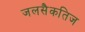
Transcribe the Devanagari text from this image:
जलसैकतिज